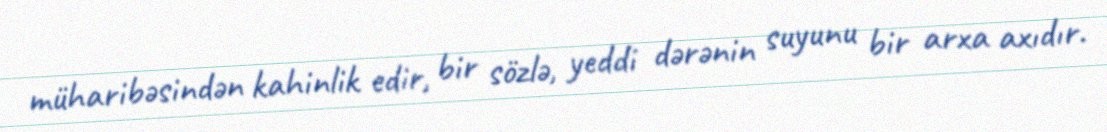
müharibəsindən kahinlik edir, bir sözlə, yeddi dərənin suyunu bir arxa axıdır.